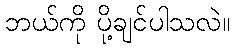
ဘယ်ကို ပို့ချင်ပါသလဲ။